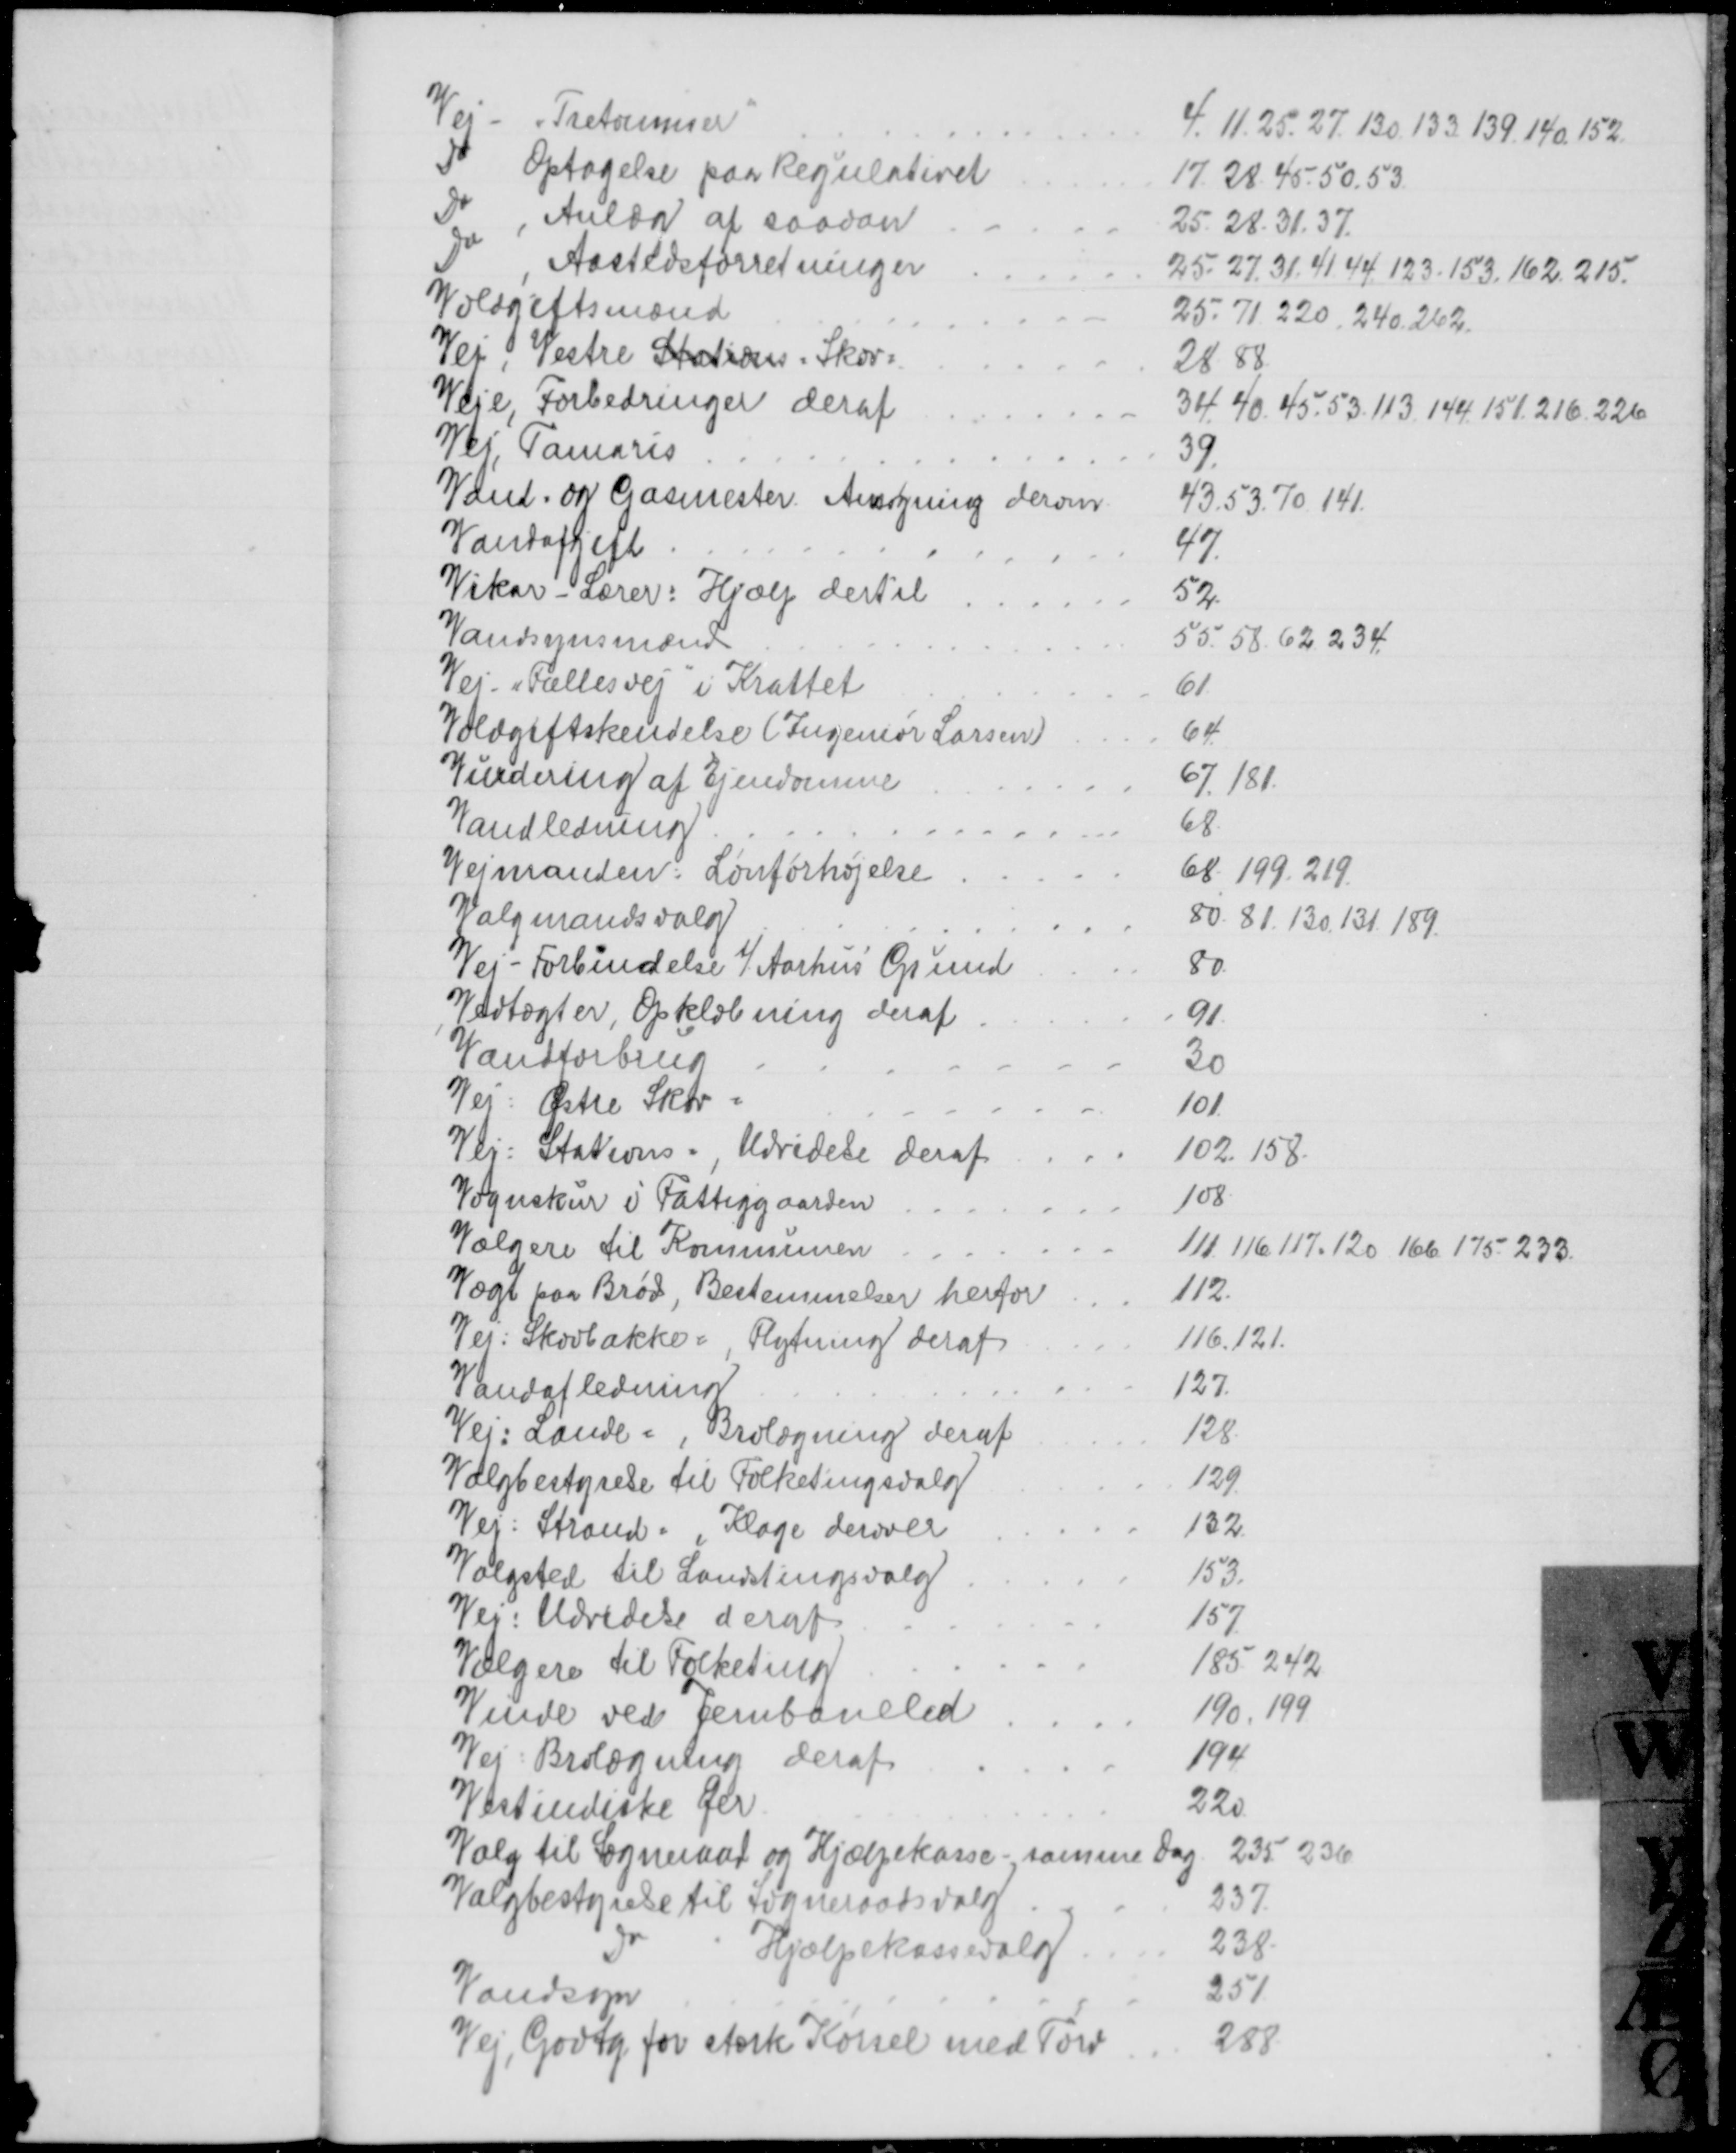
Transskription:
Vej- "Tretommer"
4. 11. 25. 27. 130. 133. 139. 140. 152.
Do
Optagelse paa Regulativet
17. 28. 45. 50. 53
Do
Anlæg af saadan
25. 28. 31. 37.
Do
Aastedsforretninger
25. 27. 31. 41. 44. 123. 153. 162. 215.
Voldgiftsmænd
25. 71. 220. 240. 262.
Vej, Vestre Stations. Skov=
28. 88
Veje, Forbedringer deraf
34. 40. 45. 53. 113, 144. 151. 216. 226
Vej, Tamaris
39.
Vand= og Gasmester. Ansøgning derom
43. 53. 70. 141.
Vandafgift
47.
Vikar - Lærer: Hjælp dertil
52.
Vandsynsmænd
55. 58. 62. 234.
Vej, "Fællesvej" i Krattet
61.
Voldgiftskendelse (Ingeniør Larsen)
64.
Vurdering af Ejendomme
67. 181.
Vandledning
68
Vejmanden: Lønforhøjelse
68. 199. 219.
Valgmandsvalg
80. 81. 130. 131. 189.
Vej - Forbindelse t/ Aarhus Grund
80
Vedtægter, Opklæbning deraf
91
Vandforbrug
30
Vej: Østre Skov =
101.
Vej: Stations =, Udvidelse deraf
102. 158.
Vognskur i Fattiggaarden
108.
Vælgere til Kommunen
111.116. 117. 120. 166. 175. 233.
Vægt paa Brød, Bestemmelser herfor
112.
Vej: Skovbakke=, Flytning deraf
116.121
Vandafledning
127.
Vej: Lande=, Brolægning deraf
128.
Valgbestyrelse til Folketingsvalg
129.
Vej: Strand=, Klage derover
132
Valgsted til Landstingsvalg
153.
Vej: Udvidelse deraf
157
Vælgere til Folketing
185. 242
Vinde ved Jernbaneled
190. 199
Vej: Brolægning deraf
194
Vestindiske Øer
220
Valg til Sogneraad og Hjælpekasse - samme Dag
235. 236
Valgbestyrelse til Sogneraadsvalg
237.
Do
Hjælpekassevalg
238.
Vandsyn
251
Vej, Godtg for stærk Kørsel med Tørv
288